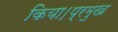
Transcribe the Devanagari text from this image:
किया।प्रमुख